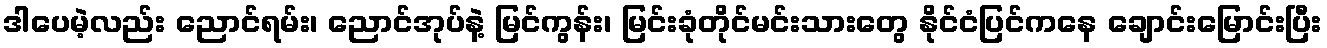
ဒါပေမဲ့လည်း ညောင်ရမ်း၊ ညောင်အုပ်နဲ့ မြင်ကွန်း၊ မြင်းခုံတိုင်မင်းသားတွေ နိုင်ငံပြင်ကနေ ချောင်းမြောင်းပြီး